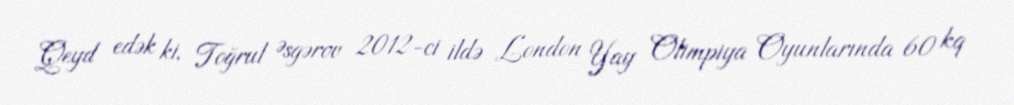
Qeyd edək ki, Toğrul Əsgərov 2012-ci ildə London Yay Olimpiya Oyunlarında 60 kq